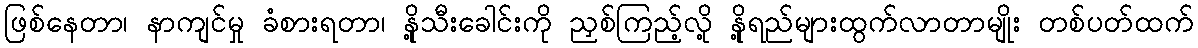
ဖြစ်နေတာ၊ နာကျင်မှု ခံစားရတာ၊ နို့သီးခေါင်းကို ညှစ်ကြည့်လို့ နို့ရည်များထွက်လာတာမျိုး တစ်ပတ်ထက်